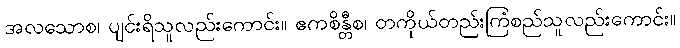
အလသောစ၊ ပျင်းရိသူလည်းကောင်း။ ဧကစိန္တီစ၊ တကိုယ်တည်းကြံစည်သူလည်းကောင်း။